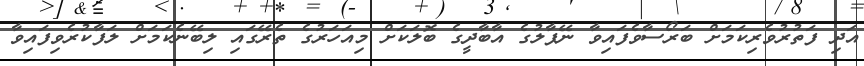
އަދި ފަތުރުވެރިކަމަށް ބަރޯސާވެފައިވާ ނޭޕާލުގެ އާބާދީގެ ބޮލަކަށް މިއަހަރުގެ ތެރޭގައި ލިބޭނެކަމަށް ލަފާކުރެވިފައިވާ